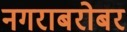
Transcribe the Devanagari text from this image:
नगराबरोबर